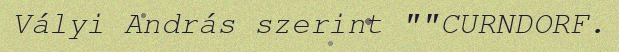
Vályi András szerint ""CURNDORF.